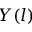
Y ( l )